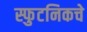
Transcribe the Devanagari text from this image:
स्फुटनिकचे